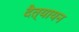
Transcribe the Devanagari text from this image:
दैत्यायन